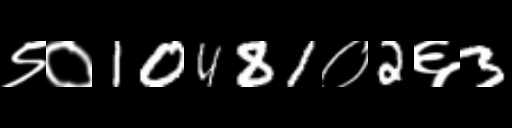
Text: ९०10481०2६3